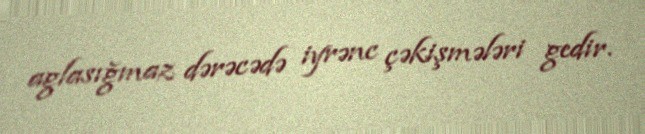
aglasığmaz dərəcədə iyrənc çəkişmələri gedir.